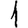
Digit: 1